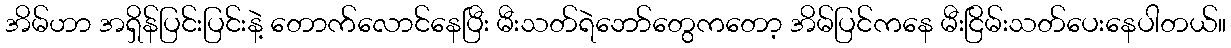
အိမ်ဟာ အရှိန်ပြင်းပြင်းနဲ့ တောက်လောင်နေပြီး မီးသတ်ရဲဘော်တွေကတော့ အိမ်ပြင်ကနေ မီးငြိမ်းသတ်ပေးနေပါတယ်။